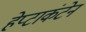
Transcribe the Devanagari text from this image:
हेप्टाकंटेन